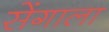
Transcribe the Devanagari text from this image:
सेंगाला